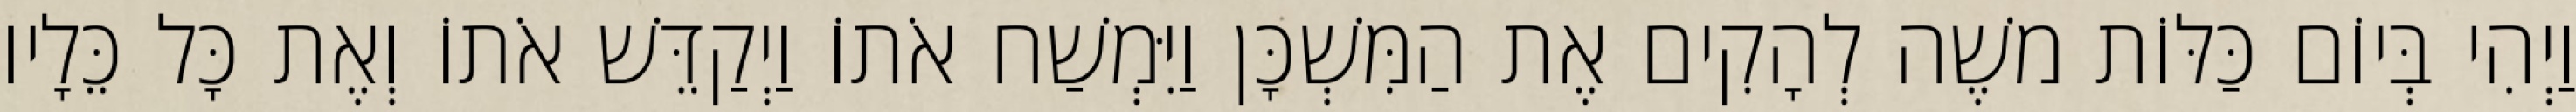
וַיְהִי בְּיוֹם כַּלּוֹת משֶׁה לְהָקִים אֶת הַמִּשְׁכָּן וַיִּמְשַׁח אֹתוֹ וַיְקַדֵּשׁ אֹתוֹ וְאֶת כָּל כֵּלָיו